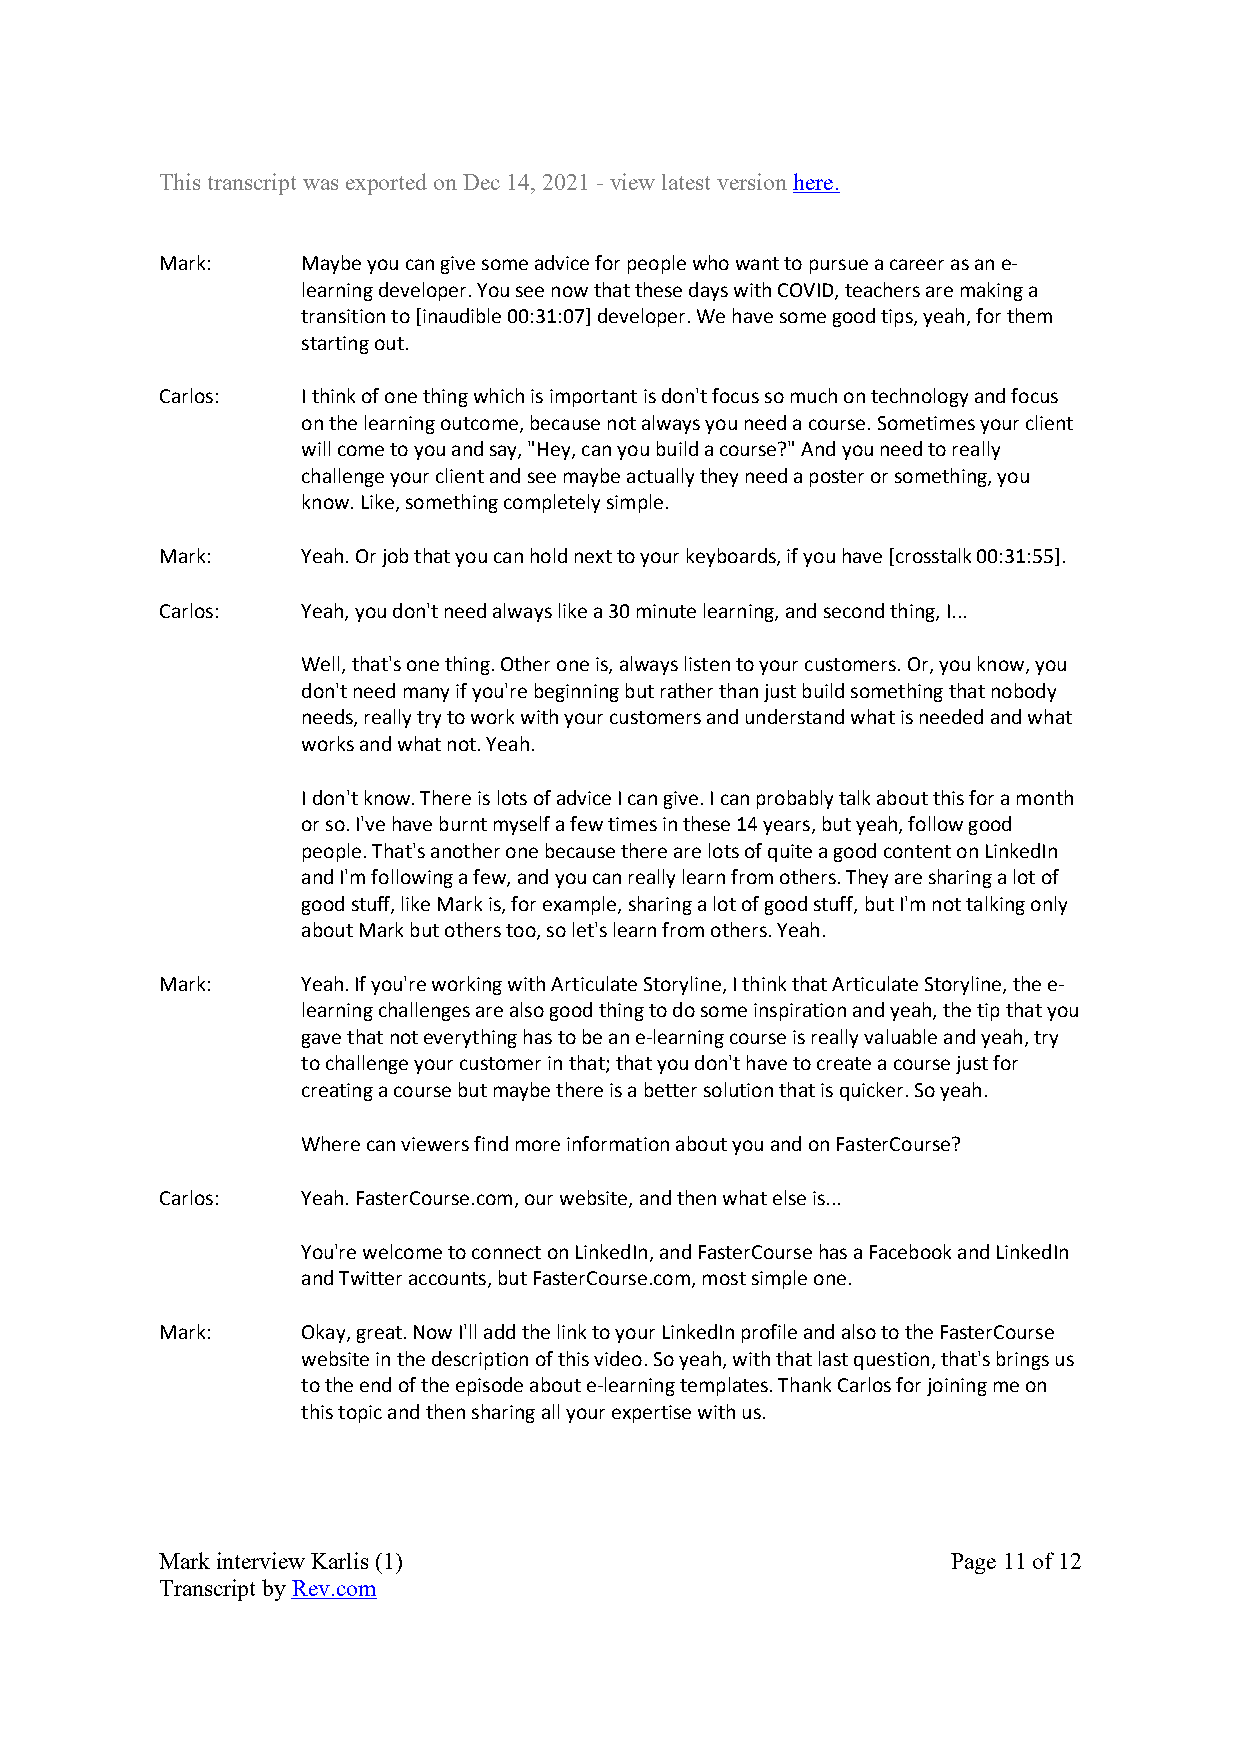
This transcript was exported on Dec 14, 2021 - view latest version here.
 Mark:    Maybe you can give some advice for people who want to pursue a career as an e-
 learning developer. You see now that these days with COVID, teachers are making a
 transition to [inaudible 00:31:07] developer. We have some good tips, yeah, for them
 starting out.
 Carlos:  I think of one thing which is important is don't focus so much on technology and focus
 on the learning outcome, because not always you need a course. Sometimes your client
 will come to you and say, "Hey, can you build a course?" And you need to really
 challenge your client and see maybe actually they need a poster or something, you
 know. Like, something completely simple.
 Mark:    Yeah. Or job that you can hold next to your keyboards, if you have [crosstalk 00:31:55].
 Carlos:  Yeah, you don't need always like a 30 minute learning, and second thing, I...
 Well, that's one thing. Other one is, always listen to your customers. Or, you know, you
 don't need many if you're beginning but rather than just build something that nobody
 needs, really try to work with your customers and understand what is needed and what
 works and what not. Yeah.
 I don't know. There is lots of advice I can give. I can probably talk about this for a month
 or so. I've have burnt myself a few times in these 14 years, but yeah, follow good
 people. That's another one because there are lots of quite a good content on LinkedIn
 and I'm following a few, and you can really learn from others. They are sharing a lot of
 good stuff, like Mark is, for example, sharing a lot of good stuff, but I'm not talking only
 about Mark but others too, so let's learn from others. Yeah.
 Mark:    Yeah. If you're working with Articulate Storyline, I think that Articulate Storyline, the e-
 learning challenges are also good thing to do some inspiration and yeah, the tip that you
 gave that not everything has to be an e-learning course is really valuable and yeah, try
 to challenge your customer in that; that you don't have to create a course just for
 creating a course but maybe there is a better solution that is quicker. So yeah.
 Where can viewers find more information about you and on FasterCourse?
 Carlos:  Yeah. FasterCourse.com, our website, and then what else is...
 You're welcome to connect on LinkedIn, and FasterCourse has a Facebook and LinkedIn
 and Twitter accounts, but FasterCourse.com, most simple one.
 Mark:    Okay, great. Now I'll add the link to your LinkedIn profile and also to the FasterCourse
 website in the description of this video. So yeah, with that last question, that's brings us
 to the end of the episode about e-learning templates. Thank Carlos for joining me on
 this topic and then sharing all your expertise with us.
 Mark interview Karlis (1)                           Page 11 of 12
 Transcript by Rev.com